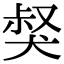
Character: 𤟏